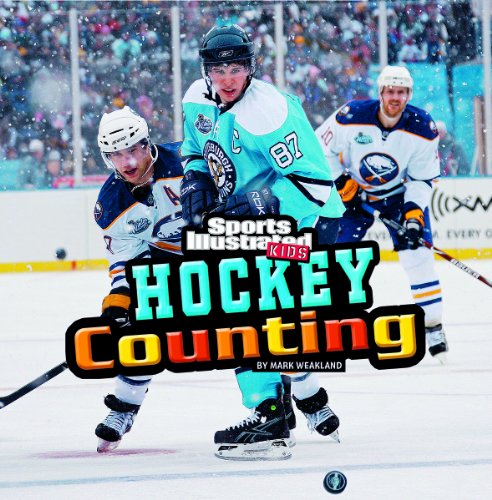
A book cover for Hockey Counting (SI Kids Rookie Books); Mark Weakland; Children's Books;